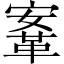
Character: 鞌